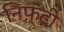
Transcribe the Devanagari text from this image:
निफ़्टी